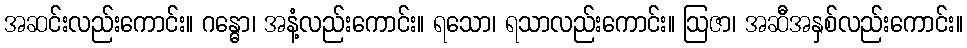
အဆင်းလည်းကောင်း။ ဂန္ဓော၊ အနံ့လည်းကောင်း။ ရသော၊ ရသာလည်းကောင်း။ ဩဇာ၊ အဆီအနှစ်လည်းကောင်း။